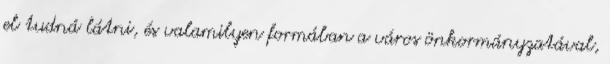
el tudná látni, és valamilyen formában a város önkormányzatával,